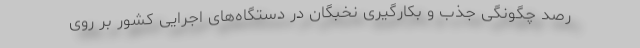
رصد چگونگی جذب و بکارگیری نخبگان در دستگاه‌های اجرایی کشور بر روی